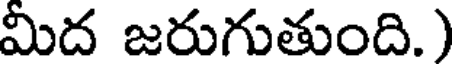
మిద జరుగుతుంది.)